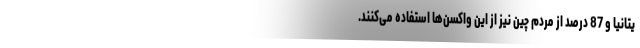
یتانیا و 87 درصد از مردم چین نیز از این واکسن‌ها استفاده می‌کنند.